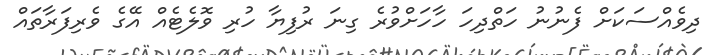
ދިވެއްސަކަށް ފެނުނު ހަތްދިހަ ހާހަށްވުރެ ގިނަ ރުފިޔާ ހުރި ވޮލެޓެއް އޭގެ ވެރިފަރާތައް